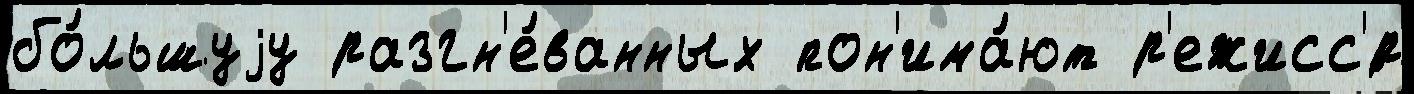
бо́льшуjу разгн'е́ванных пон'има́ют р'ежисс'́р